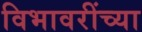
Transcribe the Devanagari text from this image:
विभावरींच्या